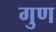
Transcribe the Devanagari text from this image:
गुण